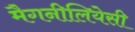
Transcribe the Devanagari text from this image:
मैगनीलियेसी